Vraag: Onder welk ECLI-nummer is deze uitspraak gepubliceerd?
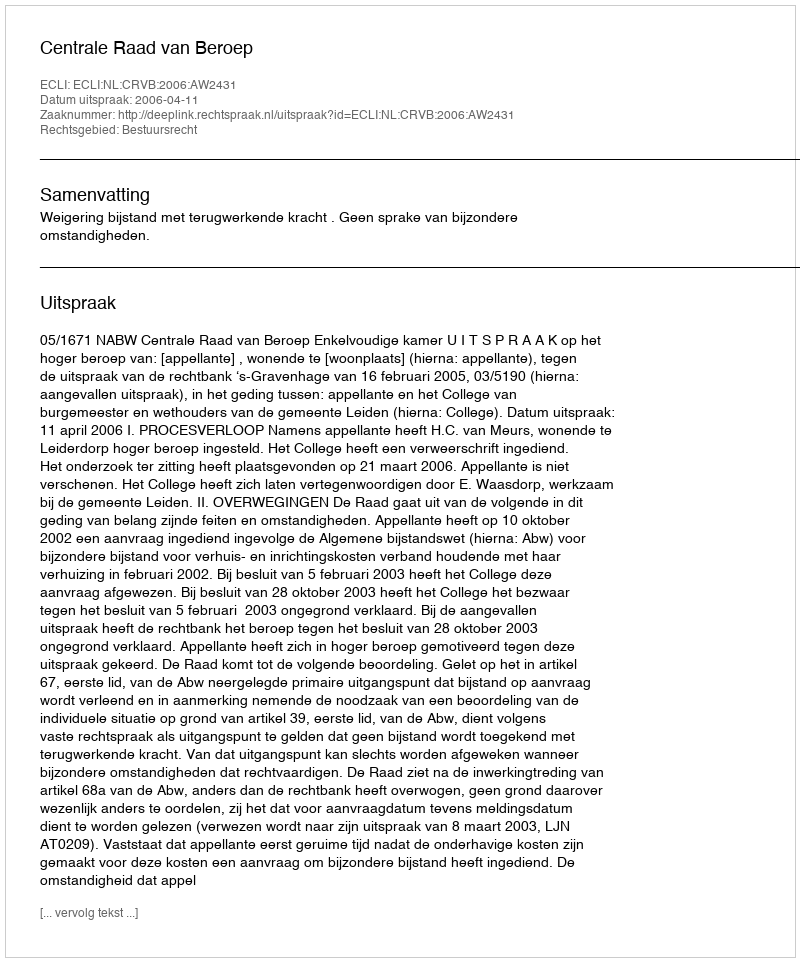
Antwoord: ECLI:NL:CRVB:2006:AW2431